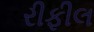
રીફીલ